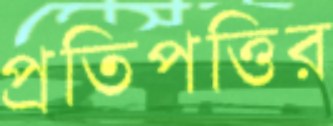
প্রতিপত্তির